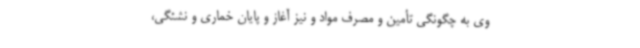
وی به چگونگی تأمین و مصرف مواد و نیز آغاز و پایان خماری و نشئگی،